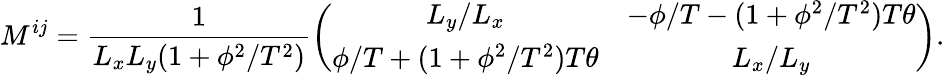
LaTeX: M^{ij}=\frac{1}{L_{x}L_{y}(1+\phi^{2}/T^{2})}\left(\begin{array}{cc}{{L_{y}/L_{x}}}&{{-\phi/T-(1+\phi^{2}/T^{2})T\theta}}\\ {{\phi/T+(1+\phi^{2}/T^{2})T\theta}}&{{L_{x}/L_{y}}}\end{array}\right).